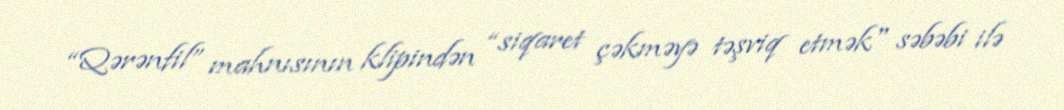
“Qərənfil” mahnısının klipindən “siqaret çəkməyə təşviq etmək" səbəbi ilə